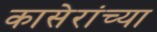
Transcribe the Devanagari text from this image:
कासेरांच्या